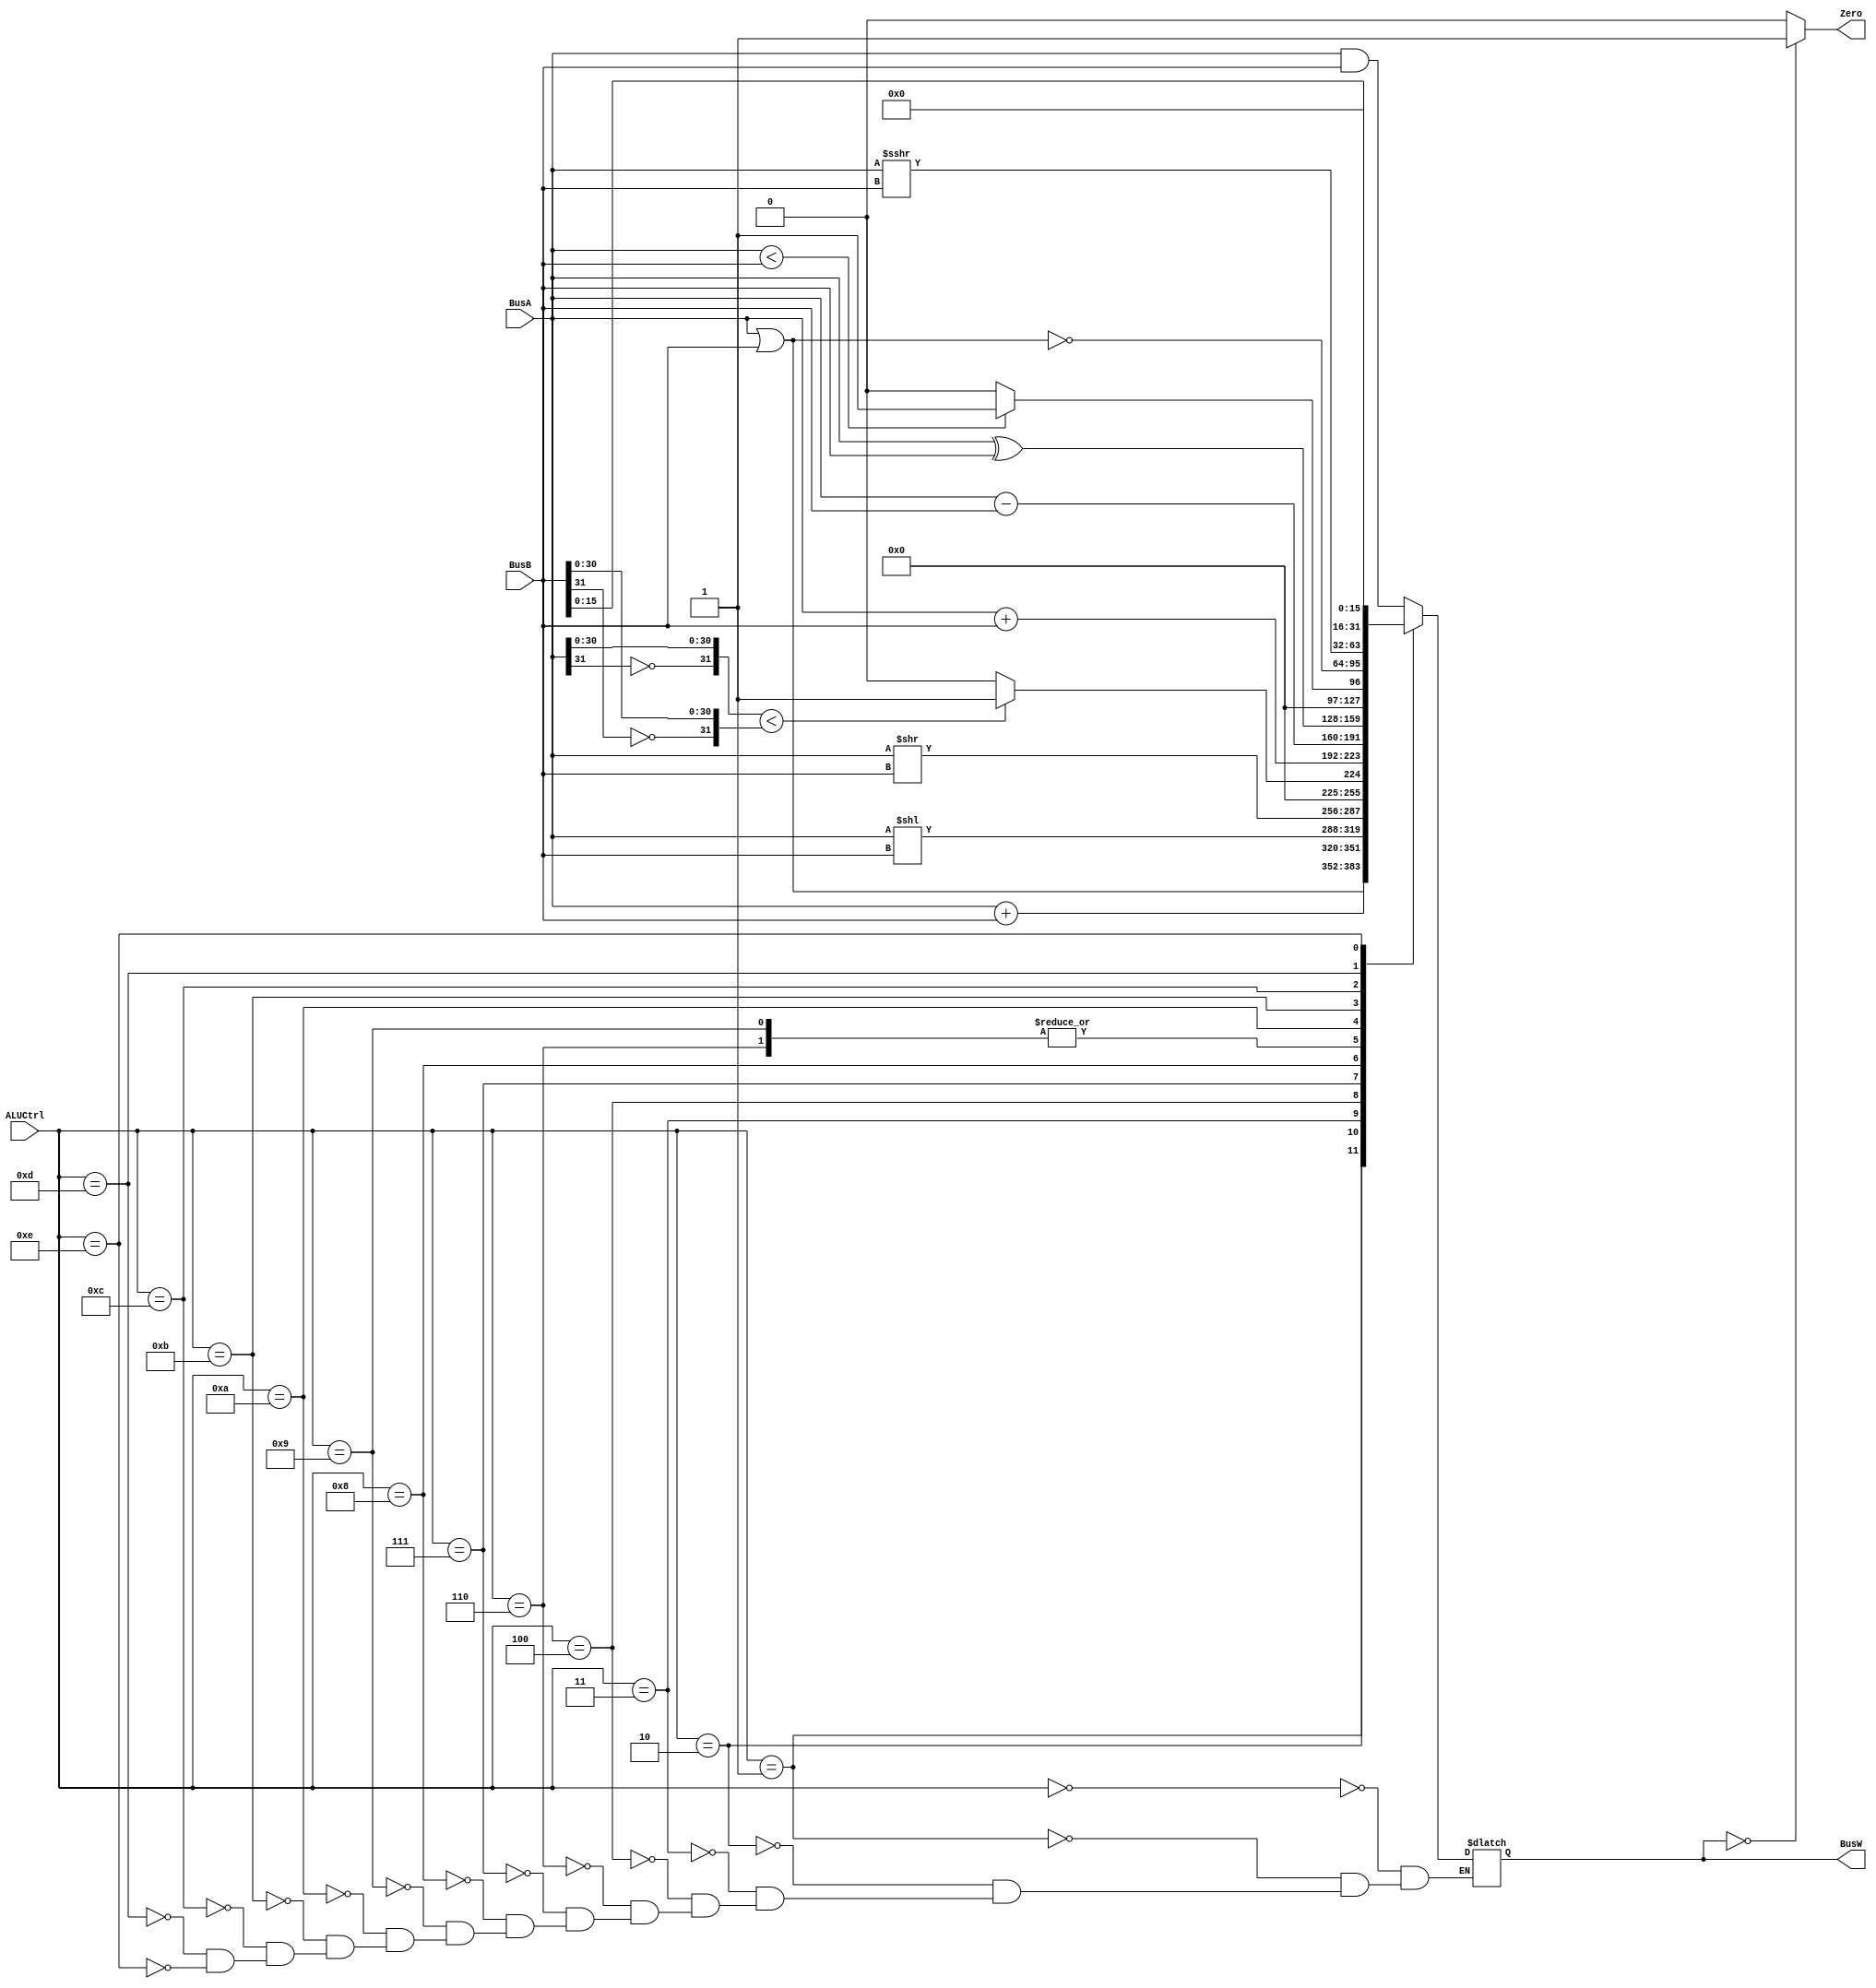
`timescale 1ns / 1ps
`define AND 4'b0000
`define OR 4'b0001
`define ADD 4'b0010
`define SLL 4'b0011
`define SRL 4'b0100
`define SUB 4'b0110
`define SLT 4'b0111
`define ADDU 4'b1000
`define SUBU 4'b1001
`define XOR 4'b1010
`define SLTU 4'b1011
`define NOR 4'b1100
`define SRA 4'b1101
`define LUI 4'b1110

module ALU(BusW, Zero, BusA, BusB, ALUCtrl);
    
    parameter n = 32;

    output  [n-1:0] BusW;
    input   [n-1:0] BusA, BusB;
    input   [3:0] ALUCtrl;
    output  Zero;
	 wire [31:0] BusA_cmp,BusB_cmp;
	 
    assign BusA_cmp = {~(BusA[31]),BusA[30:0]};
	 assign BusB_cmp = {~(BusB[31]),BusB[30:0]};
    reg     [n-1:0] BusW;
    
    always @(ALUCtrl or BusA or BusB) begin
        case(ALUCtrl)
         `AND: begin BusW <= #20 BusA & BusB; end
         `OR: begin BusW <= #20 BusA | BusB;  end
	`ADD: begin BusW <= #20 $signed(BusA) + $signed(BusB); end
	`SLL: begin BusW <= #20 BusA << BusB; end
	`SRL: begin BusW <= #20 BusA >> BusB; end
	`SUB: begin BusW <= #20 BusA - BusB; end
	`SLT: begin BusW <= #20 (BusA_cmp < BusB_cmp) ? 1 : 0; end
	`ADDU: begin BusW <= #20 BusA + BusB; end
	`SUBU: begin BusW <= #20 BusA - BusB; end
	`XOR: begin BusW <= #20 BusA ^ BusB; end
	`SLTU: begin BusW <= #20 (BusA < BusB) ? 1 : 0; end
	`NOR: begin BusW <= #20 ~(BusA | BusB); end
	`SRA: begin BusW <= #20 $signed(BusA) >>> $signed(BusB); end
	`LUI: begin BusW <= #20 {BusB, 16'b0}; end
		
        endcase
    end
	assign #1 Zero = (BusW==32'b0) ? 1: 0;
endmodule